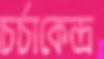
চর্চাকেন্দ্র